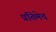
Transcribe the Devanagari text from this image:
प्रतिमेचं